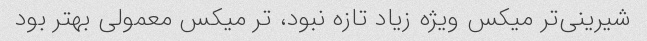
شیرینی‌تر میکس ویژه زیاد تازه نبود، تر میکس معمولی بهتر بود